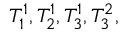
T _ { 1 } ^ { 1 } , T _ { 2 } ^ { 1 } , T _ { 3 } ^ { 1 } , T _ { 3 } ^ { 2 } ,